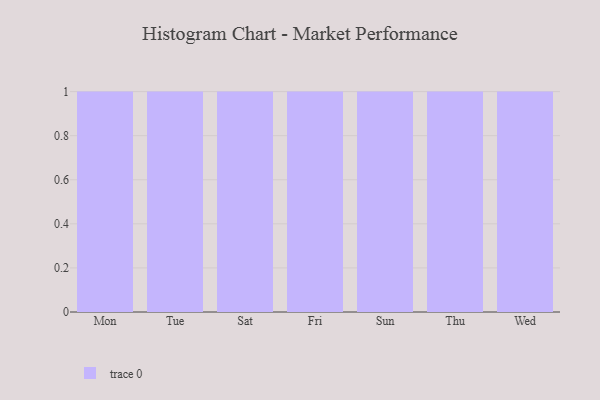
{"axis": {"x": "Day", "y": "Conversion Rate (%)"}, "legend": [""], "data": [{"x": "Mon", "y": 19, "type": ""}, {"x": "Tue", "y": 100, "type": ""}, {"x": "Sat", "y": 35, "type": ""}, {"x": "Fri", "y": 36, "type": ""}, {"x": "Sun", "y": 83, "type": ""}, {"x": "Thu", "y": 13, "type": ""}, {"x": "Wed", "y": 39, "type": ""}]}